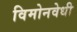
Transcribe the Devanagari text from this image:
विमोनवेधी